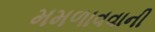
મમળાવવાની